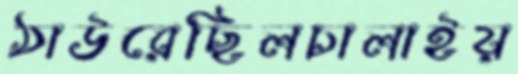
ঠাউরেছিলচালাইয়